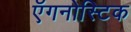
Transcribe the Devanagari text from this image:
ऍगनोस्टिक